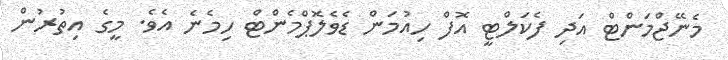
މެނޭޖްމަންޓް އަދި ފެކަލްޓީ އޮފް ހިއުމަން ޑެވެލޮޕްމެންޓް ހިމެނެ އެވެ. މީގެ އިތުރުން